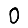
Digit: 0